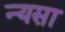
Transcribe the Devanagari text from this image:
न्यसा